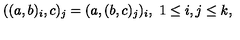
( ( a , b ) _ { i } , c ) _ { j } = ( a , ( b , c ) _ { j } ) _ { i } , \ 1 \leq i , j \leq k ,